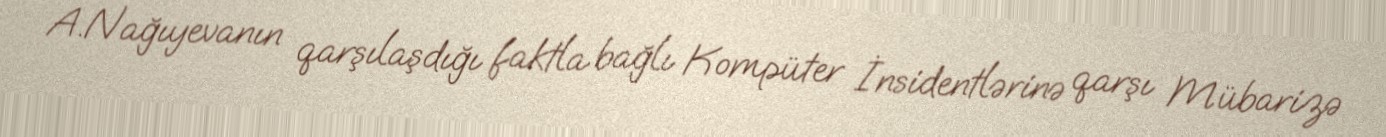
A.Nağıyevanın qarşılaşdığı faktla bağlı Kompüter İnsidentlərinə qarşı Mübarizə